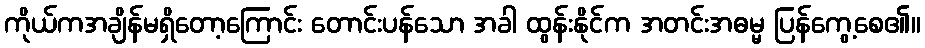
ကိုယ်ကအချိန်မရှိတော့ကြောင်း တောင်းပန်သော အခါ ထွန်းနိုင်က အတင်းအဓမ္မ ပြန်ကွေ့စေ၏။